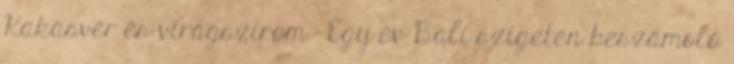
Kakasvér és virágszirom – Egy év Bali szigetén beszámoló